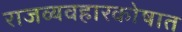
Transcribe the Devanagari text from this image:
राजव्यवहारकोषात